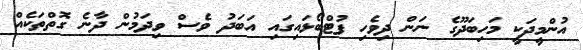
އުންމީދަކީ މަހިބަދޫގެ ނަން ދިވެހި ފުޓްބޯޅައިގައި އަބަދު ވެސް ވިދަމުން ދާނެ ގޮތްތަކެއް